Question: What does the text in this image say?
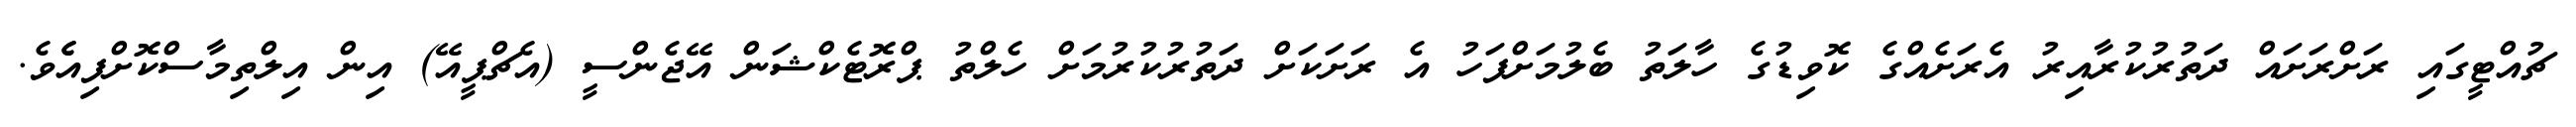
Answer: ޗުއްޓީގައި ރަށްރަށައް ދަތުރުކުރާއިރު އެރަށެއްގެ ކޮވިޑުގެ ހާލަތު ބެލުމަށްފަހު އެ ރަށަކަށް ދަތުރުކުރުމަށް ހެލްތު ޕްރޮޓެކްޝަން އޭޖެންސީ (އެޗްޕީއޭ) އިން އިލްތިމާސްކޮށްފިއެެވެ.